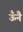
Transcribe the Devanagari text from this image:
ऊँनै